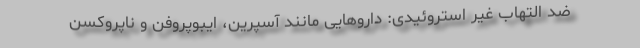
ضد التهاب غیر استروئیدی: داروهایی مانند آسپرین، ایبوپروفن و ناپروکسن